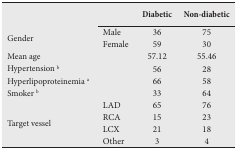
| <COLSPAN=2>  | Diabetic | Non-diabetic |
 | --- | --- | --- | --- |
 | <ROWSPAN=2> Gender | Male | 36 | 75 |
 | Female | 59 | 30 |
 | Mean age |  | 57.12 | 55.46 |
 | Hypertension b |  | 56 | 28 |
 | Hyperlipoproteinemia a |  | 66 | 58 |
 | Smoker b |  | 33 | 64 |
 | <ROWSPAN=4> Target vessel | LAD | 65 | 76 |
 | RCA | 15 | 23 |
 | LCX | 21 | 18 |
 | Other | 3 | 4 |